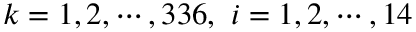
k = 1 , 2 , \cdots , 3 3 6 , ~ i = 1 , 2 , \cdots , 1 4